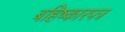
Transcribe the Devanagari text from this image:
बहिष्कारपत्र